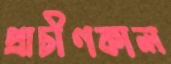
প্রাচীণকাল